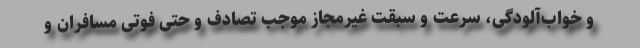
و خواب‌آلودگی، سرعت و سبقت غیرمجاز موجب تصادف و حتی فوتی مسافران و